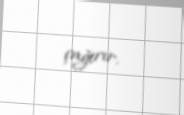
çağırır.